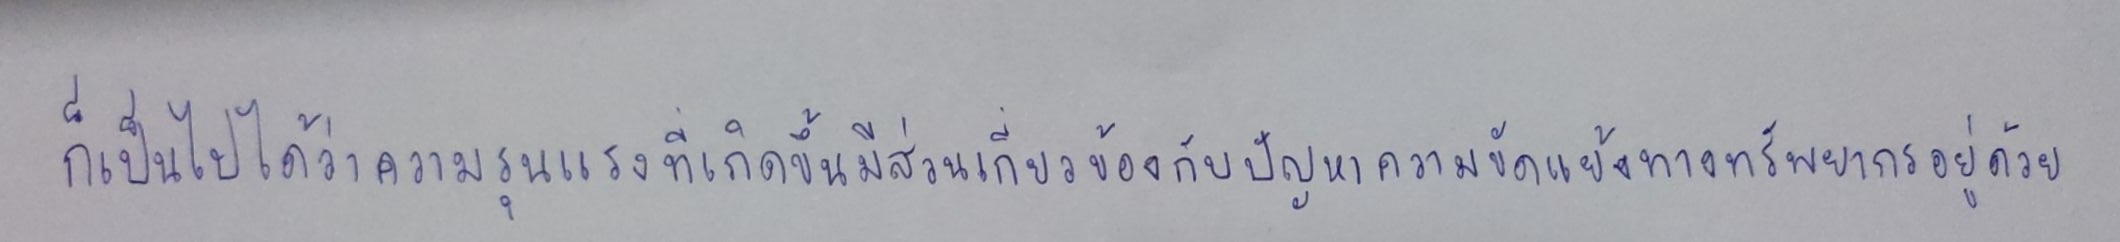
ก็เป็นไปได้ว่าความรุนแรงที่เกิดขึ้นมีส่วนเกี่ยวข้องกับปัญหาความขัดแย้งทางทรัพยากรอยู่ด้วย